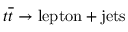
t \overline { { t } } \rightarrow \mathrm { l e p t o n + j e t s }